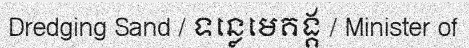
Dredging Sand / ទន្លេមេគង្គ / Minister of